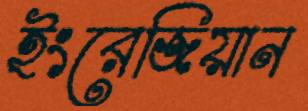
ইংরেজিয়ান